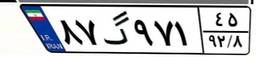
۵۵گ۸۵۷۷۳